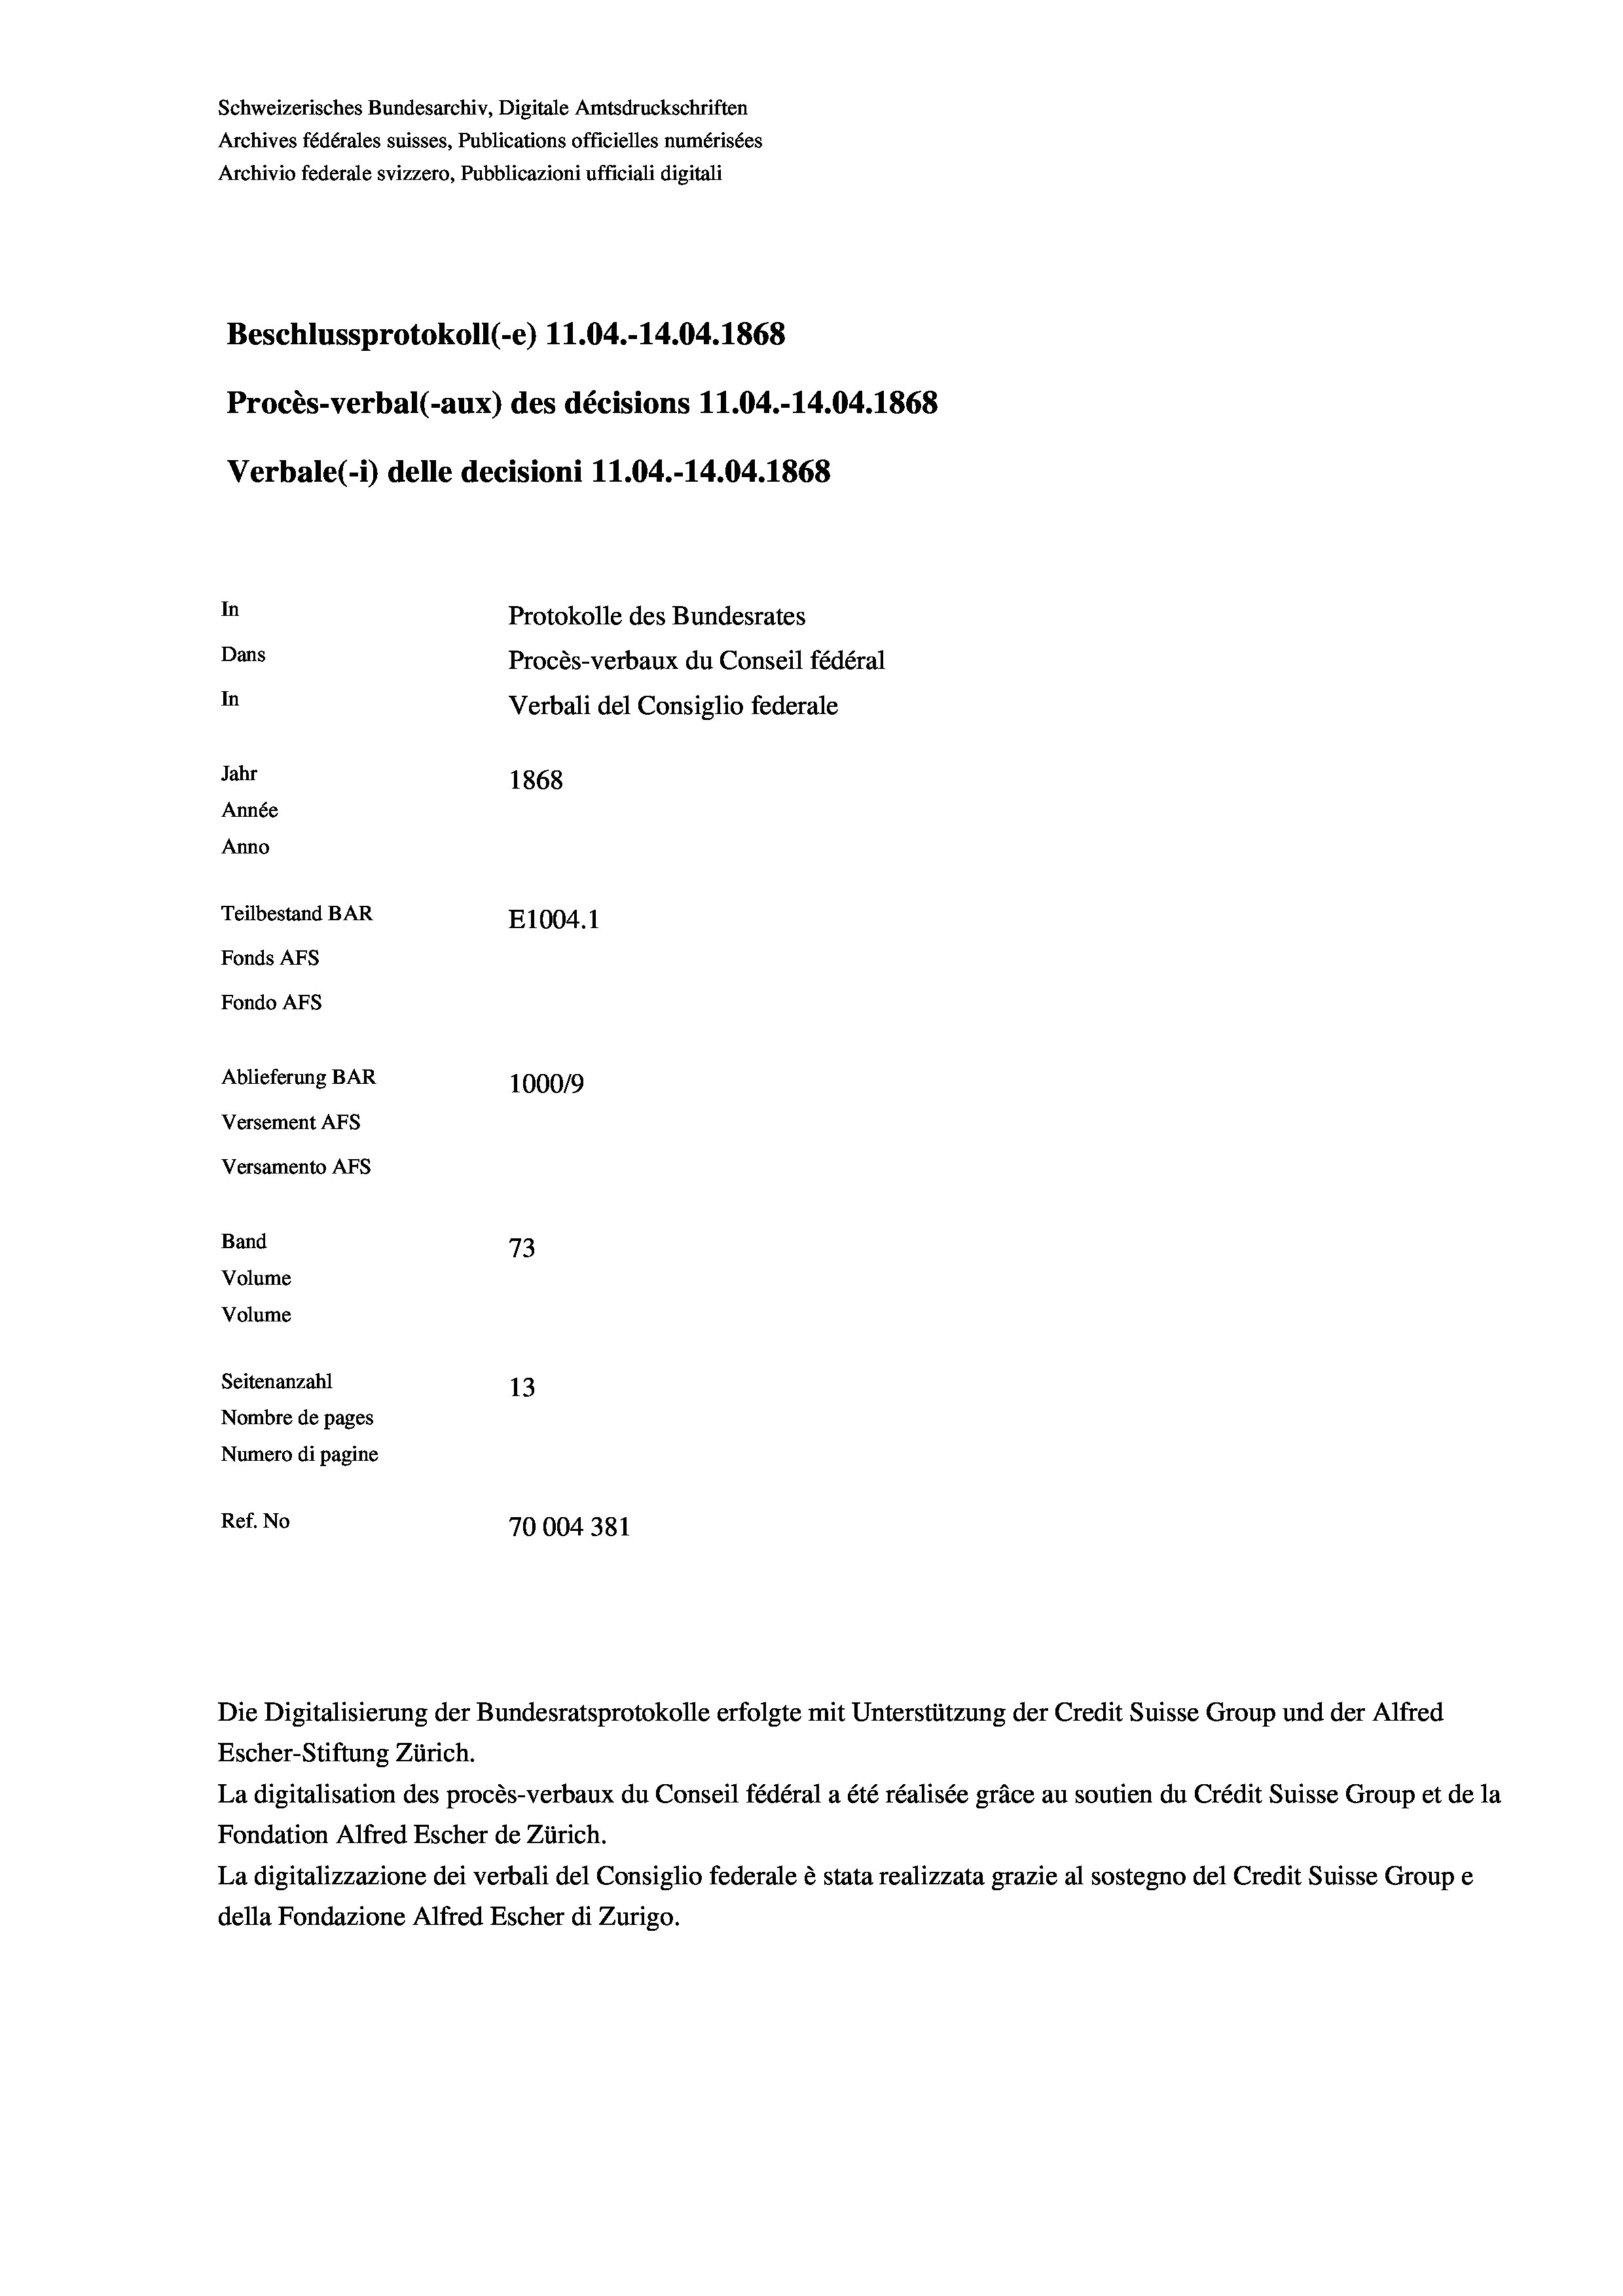
Schweizerisches Bundesarchiv, Digitale Amtsdruckschriften
Archives fédérales suisses, Publications officielles numérisées
Archivio federale svizzero, Pubblicazioni ufficiali digitali
Beschlussprotokoll (-e) 11.04.-14.04. 1868
Procès-verbal (-aux) des décisions 11.04.-14.04. 1868
Verbale(-*) delle decisioni 11.04.-14.04. 1868
In
Protokolle des Bundesrates
Dans
Procès-verbaux du Conseil fédéral
In
Verbali del Consiglio federale
Jahr
1868
Année
Anno
Teilbestand BAR
E1004. 1
Fonds AFs
Fondo AFS
Ablieferung BAR
100019
Versement AFs
Versamento AFs
Band
73
Volume
Volume

Seitenanzahl
13
Nombre de pages
Numero di pagine
Ref. No
70004 381

Escher-Stiftung Zürich.
La digitalisation des procès-verbaux du Conseil fédéral a été réalisée gräce au soutien du Crédit Suisse Group et de la
Fondation Alfred Escher de Zürich.
La digitalizzazione dei verbali del Consiglio federale è stata realizzata grazie al sostegno del Credit Suisse Groupe
della Fondazione Alfred Escher di Zurigo.

Die Digitalisierung der Bundesratsprotokolle erfolgte mit Unterstützung der Credit Suisse Group und der Alfred